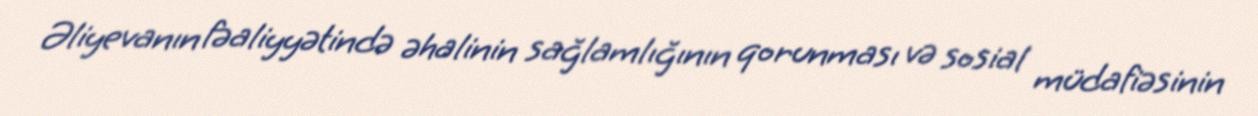
Əliyevanın fəaliyyətində əhalinin sağlamlığının qorunması və sosial müdafiəsinin